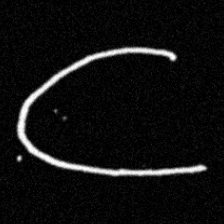
Pyu character \u2014 Myanmar letter: ဋ (romanized: tta)